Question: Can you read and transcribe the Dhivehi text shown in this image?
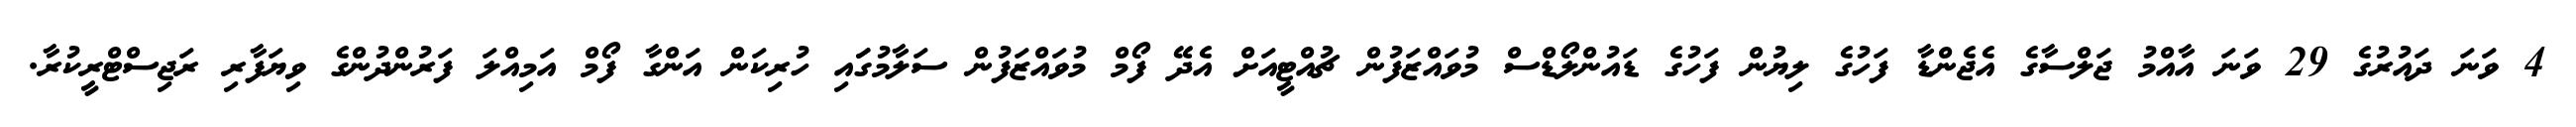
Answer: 4 ވަނަ ދައުރުގެ 29 ވަނަ އާއްމު ޖަލްސާގެ އެޖެންޑާ ފަހުގެ ލިޔުން ފަހުގެ ޑައުންލޯޑްސް މުވައްޒަފުން ޗުއްޓީއަށް އެދޭ ފޯމް މުވައްޒަފުން ސަލާމުގަައި ހުރިކަން އަންގާ ފޯމް އަމިއްލަ ފަރުންދުންގެ ވިޔަފާރި ރަޖިސްޓްރީކުރާ.